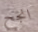
انجح